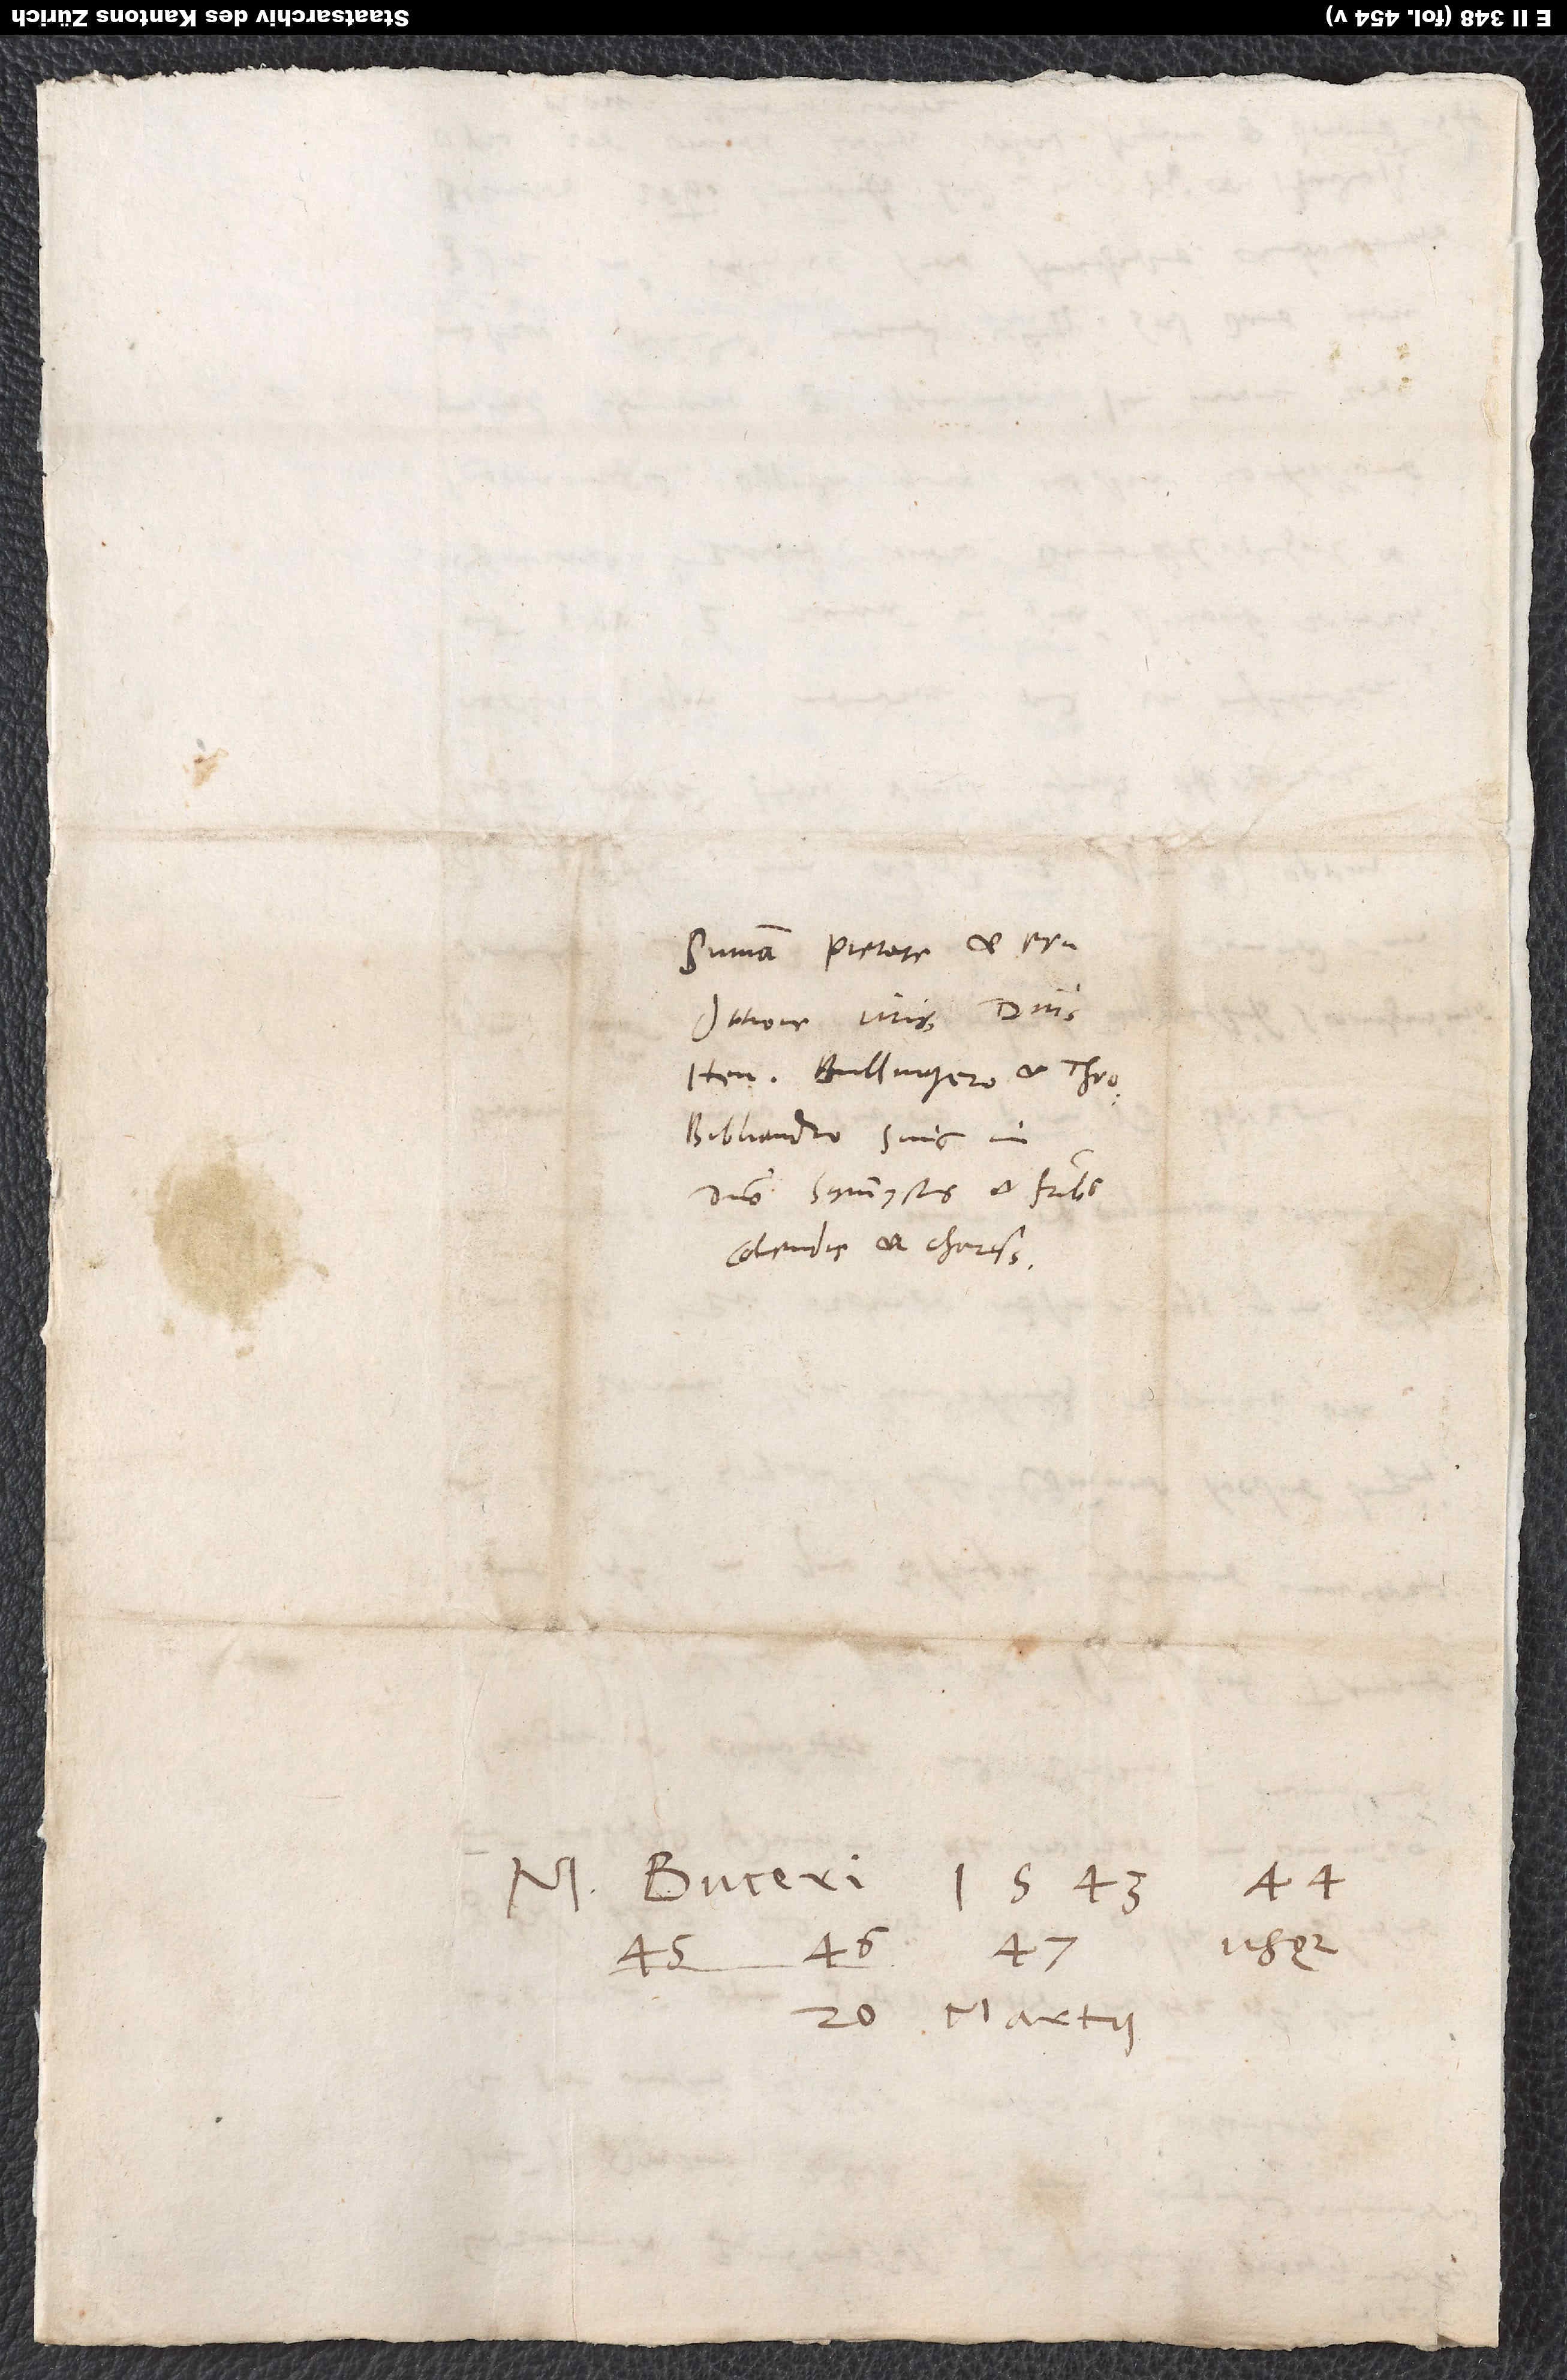
Summa pietate et eruditione
Henrico Bullingero et Theodoro
Bibliandro, suis in
domino symmystis et fratribus
colendis et charissimis.